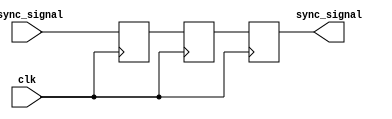
module triple_ff_synchronizer (
    input wire async_signal,   // Asynchronous input signal
    input wire clk,            // Clock signal of the synchronous domain
    output reg sync_signal     // Synchronized output signal
);

    // Internal flip-flop signals
    reg ff1, ff2;

    // First flip-flop: samples the asynchronous signal
    always @(posedge clk) begin
        ff1 <= async_signal;  // Capture async_signal on the rising edge of clk
    end

    // Second flip-flop: samples the output of the first flip-flop
    always @(posedge clk) begin
        ff2 <= ff1;           // Capture ff1 output on the rising edge of clk
    end

    // Third flip-flop: samples the output of the second flip-flop
    always @(posedge clk) begin
        sync_signal <= ff2;   // Capture ff2 output on the rising edge of clk
    end

endmodule